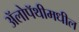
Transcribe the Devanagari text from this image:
ॲलोपॅथीमधील